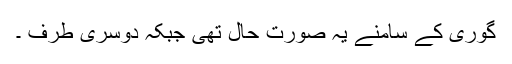
گوری کے سامنے یہ صورتِ حال تھی جبکہ دوسری طرف ۔